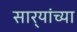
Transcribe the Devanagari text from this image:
सार्‍यांच्या